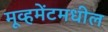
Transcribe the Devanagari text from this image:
मूव्हमेंटमधील